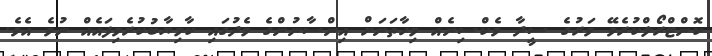
ކޮންޓްރޯލްކުރެވޭ ވަރުގެ ސީދާ ވެކްސިނެއް މިހާތަނަށް އިންސާނުންގެ މެދުގައި ކާމިޔާބުކުރެވިފައެއް ނުވެ އެވެ.